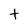
Character: t